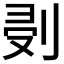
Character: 𠜘